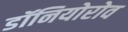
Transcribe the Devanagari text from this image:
डॉनियोरोव